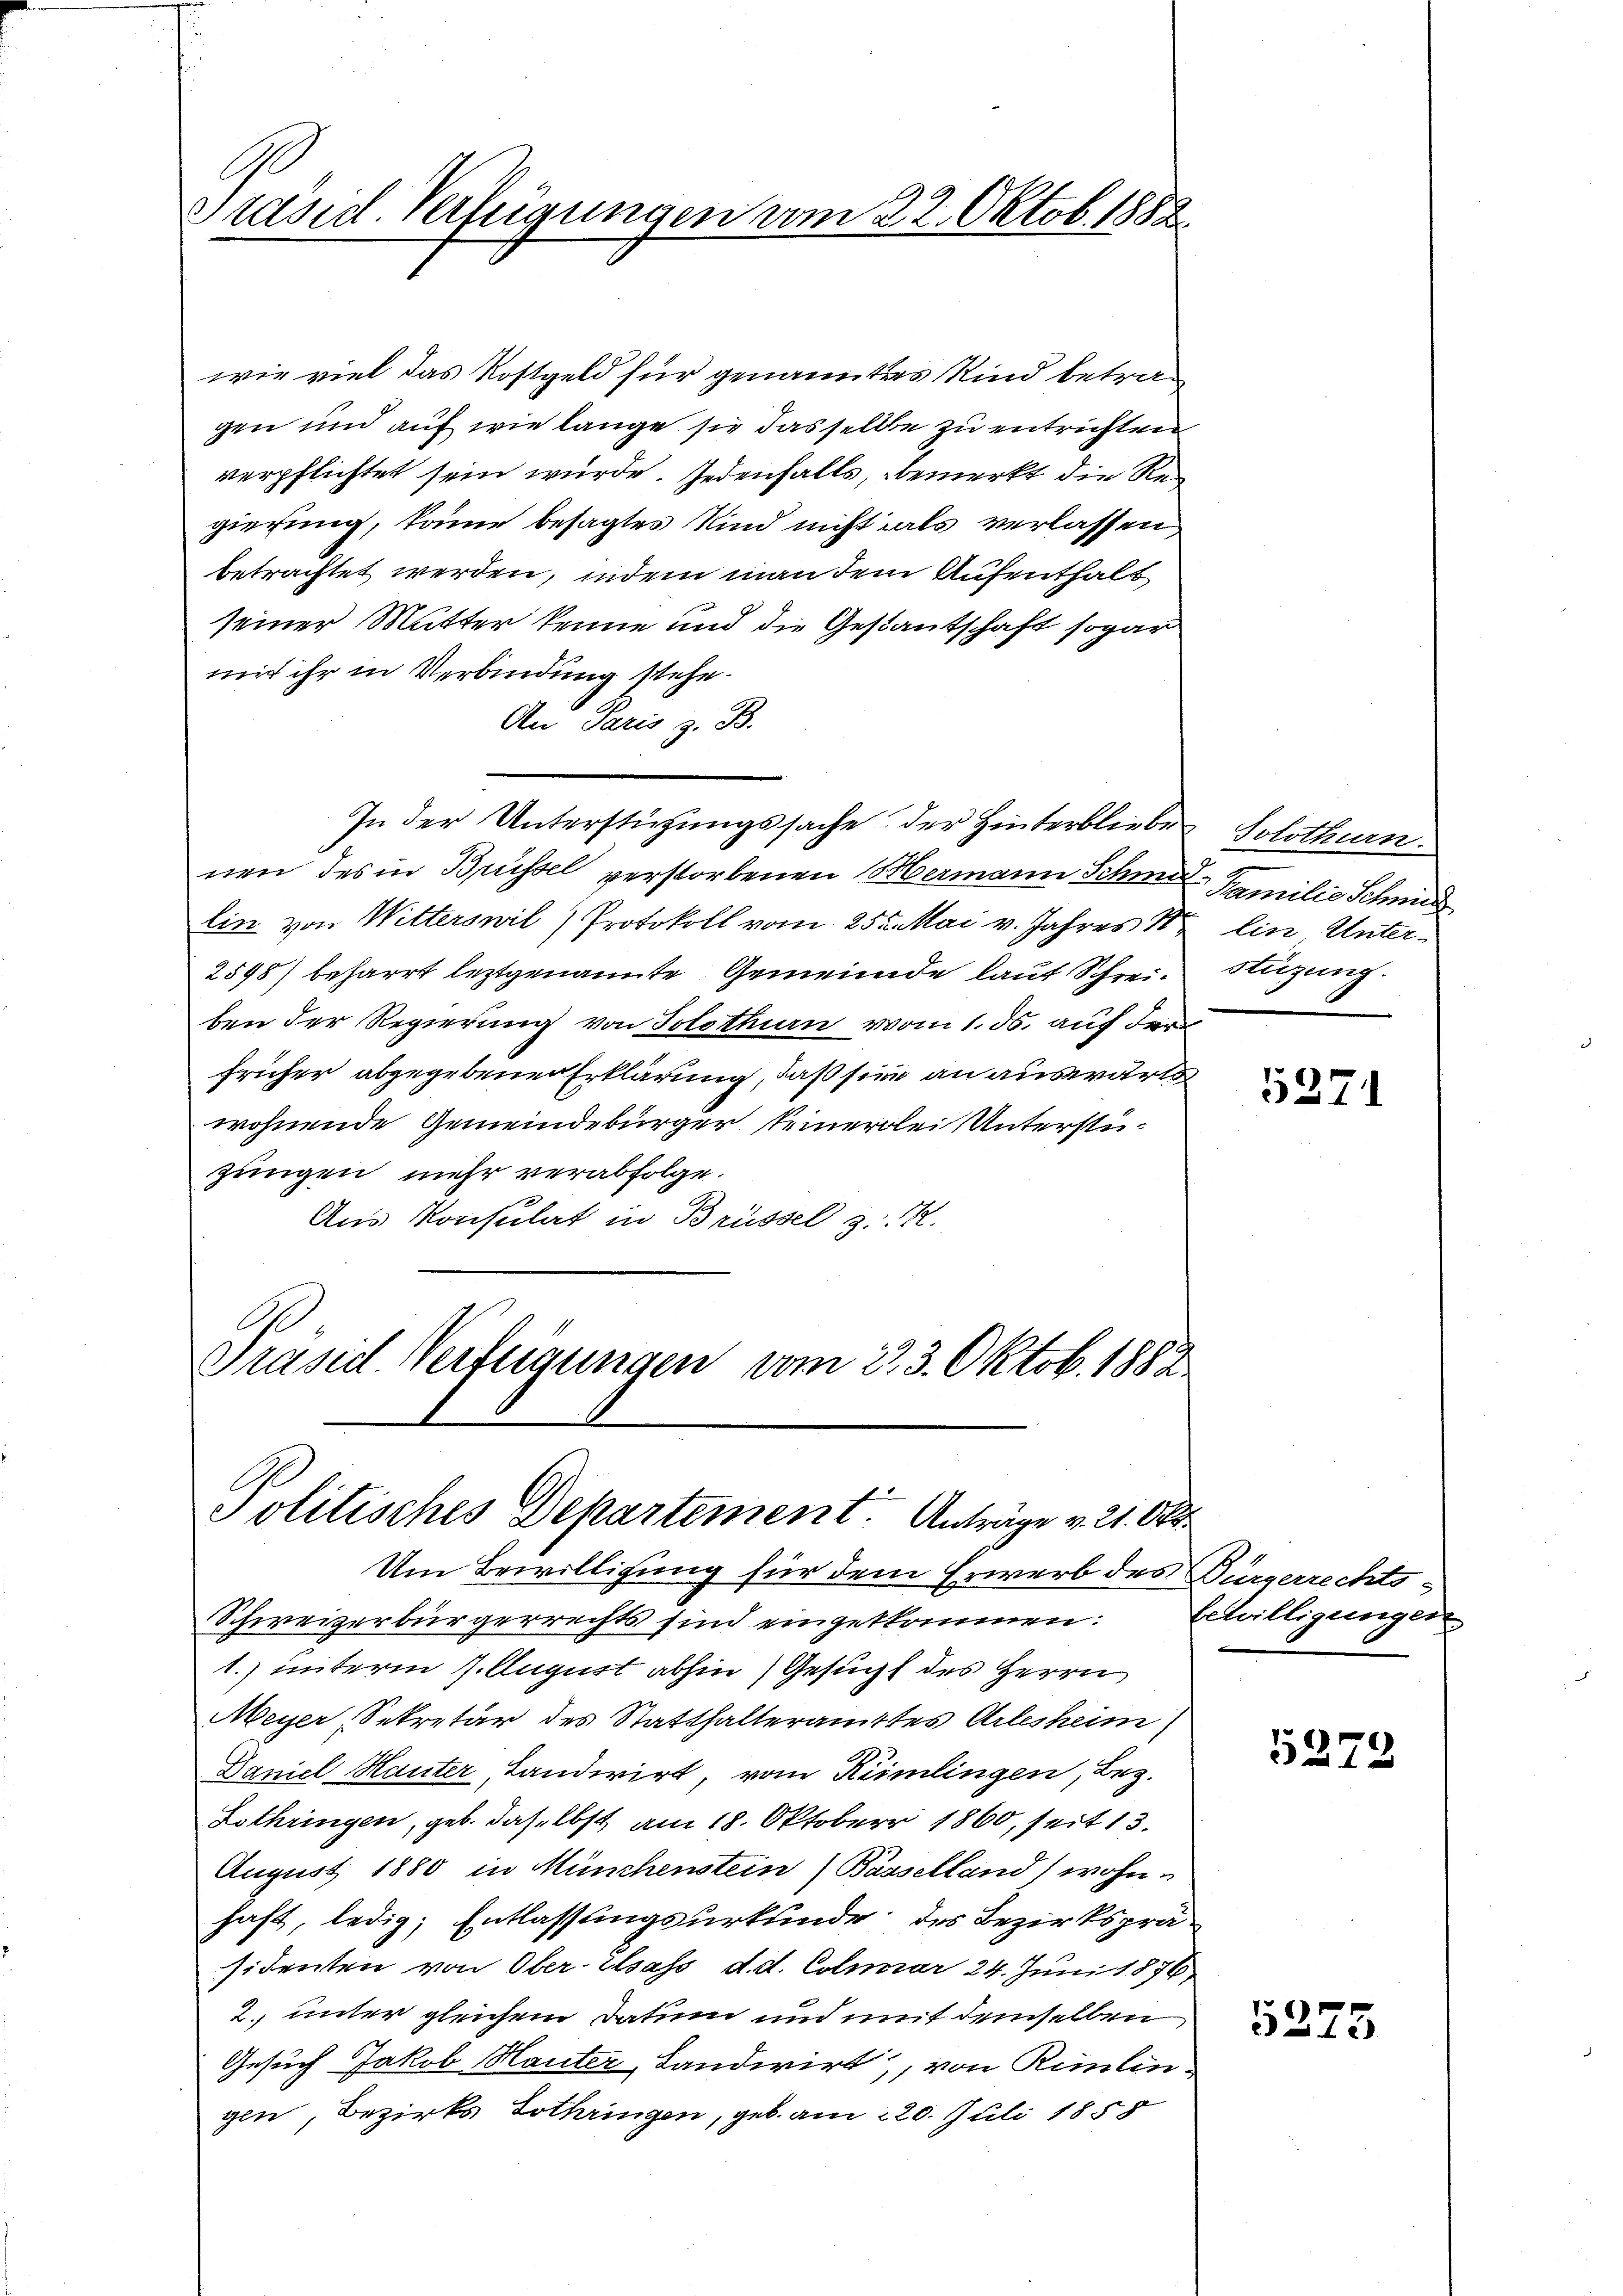
C
Präsid. Verfügungen vom 22. Oktob. 1882.

wie viel das Kostgeld für genanntes Kind betragen und auf wie lange sie das selbe zu entrichten
verpflichtet sein würde. Jedenfalls, bemerkt die Regiesung, könne besagtes Kind nicht als verlassen
betrachtet werden, indem man dem Aufenthalt
seiner Mutter kenne und die Gestantschaft sogar
mit ihr in Verbindung stehe.
An Paris z. B.
In der Unterstüzungssache der Hinterbliebe Solothurn
nen des in Brüssel verstorbenen Mermann Schmer Familie Schmid
Ein von Witterswil) Protokoll vom 25t Mai v. Jahres 1 Ein Unter¬
2598) beharrt leztgenannte Gemeinde lauf Schrei¬ Stüzung.
ben der Regierung von Solothurn vom 1. ds. auf der
früher abgegebener Erklärung, daß sie an auswärts
wohnende Gemeindebürger keinerlei Unterstüzungen mehr verabfolge.
Aus Konsulat in Brüssel z. R.
.
Präsid. Verteigungen vom 223. Oktob. 1882

Politisches Departement. Anträge v. 21. Okt.

Um Bewilligung für dem Erwerb des Bürgerrechts-
Schweizerbürgerrichts sind eingetkommen.
1.) unterm 7. August abhin) Gesucht des Herrn
Meyer, Sekretär des Statthalteramtes Arlesheim
Daniel Hauter, Landwirt, vom Kümmlingen, Bez.
Lothringen, geb. daselbst am 18. Oktober 1860, seit 13.
August 1880 in Münchenstein) Basselland wohnhaft, ledig, Entlassungsurkunde des Bezirkspräsidenten von Ober Elsass d.d. Colmar 24. Juni 1876
2. unter gleichem Datum und mit demselben
Gesuch Jakob Hauter, Landwirt, von Rimlin-
gin, Bezirks Lothringen, geb. am 220. Juli 1858

5271

bewilligungen

5279

5275